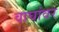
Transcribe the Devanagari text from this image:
वाघांवर